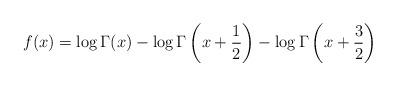
LaTeX: \begin{align*}f(x) = \log \Gamma(x) - \log\Gamma\left(x+\frac12\right) - \log\Gamma\left(x+\frac32\right)\end{align*}